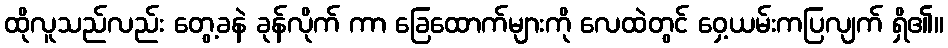
ထိုလူသည်လည်း တွေ့ခနဲ ခုန်လိုက် ကာ ခြေထောက်များကို လေထဲတွင် ဝှေ့ယမ်းကပြလျက် ရှိ၏။